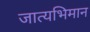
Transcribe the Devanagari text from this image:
जात्यभिमान